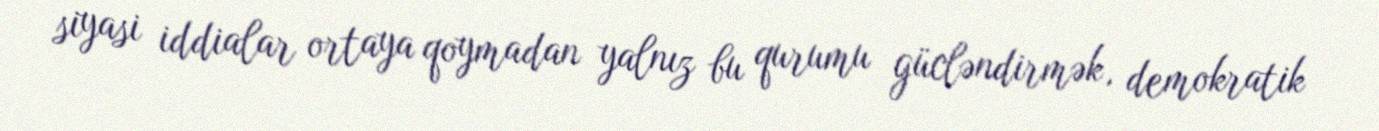
siyasi iddialar ortaya qoymadan yalnız bu qurumu gücləndirmək, demokratik